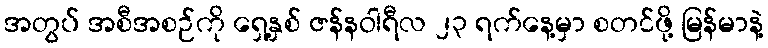
အတွပ် အစီအစဉ်ကို ရှေ့နှစ် ဇန်နဝါရီလ ၂၃ ရက်နေ့မှာ စတင်ဖို့ မြန်မာနဲ့